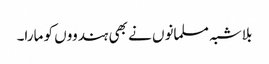
بلاشبہ مسلمانوں نے بھی ہندووں کو مارا۔